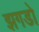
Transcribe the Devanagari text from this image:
झगडो